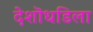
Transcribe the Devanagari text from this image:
देशॊधडिला